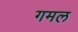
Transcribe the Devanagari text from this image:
गमल